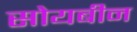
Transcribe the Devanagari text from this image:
सोयबीन